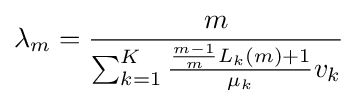
\lambda _{m}={\frac {m}{\sum _{k=1}^{K}{\frac {{\frac {m-1}{m}}L_{k}(m)+1}{\mu _{k}}}v_{k}}}